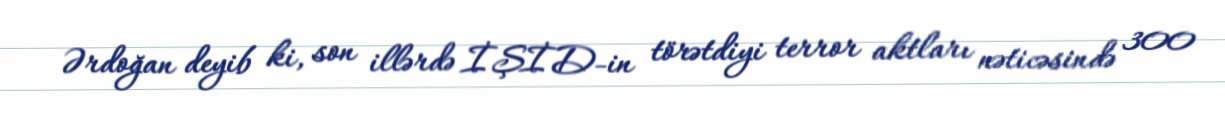
Ərdoğan deyib ki, son illərdə İŞİD-in törətdiyi terror aktları nəticəsində 300